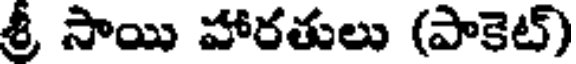
శ్రీ సాయి హారతులు (పాకెట్)